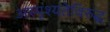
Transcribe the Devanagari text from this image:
अस्पृश्यतेविरुद्ध